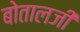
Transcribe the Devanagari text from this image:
बोतालजी